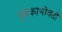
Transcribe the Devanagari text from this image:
चुंबकाभोवती